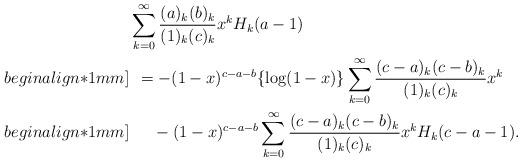
LaTeX: \begin{align*}&\sum_{k=0}^{\infty}\frac{(a)_k(b)_k}{(1)_{k}(c)_{k}}x^kH_k(a-1)\\begin{align*}1mm]&\:\:=-(1-x)^{c-a-b}\{\log(1-x)\}\sum_{k=0}^{\infty}\frac{(c-a)_k(c-b)_k}{(1)_{k}(c)_{k}}x^k\\begin{align*}1mm]&\:\:\quad-(1-x)^{c-a-b}\sum_{k=0}^{\infty}\frac{(c-a)_k(c-b)_k}{(1)_{k}(c)_{k}}x^kH_k(c-a-1).\end{align*}